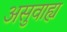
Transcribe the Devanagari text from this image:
असुवाह्य